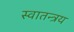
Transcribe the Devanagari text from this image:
स्वातन्त्रय